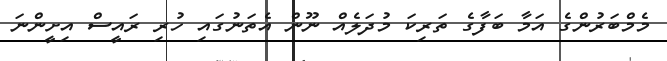
މެމްބަރުންގެ އަމާ ބަފާގެ ތަރިކަ މުދަލެއް ނޫން އެތަނުގައި ހުރި ރައީސް އިށީންނަ